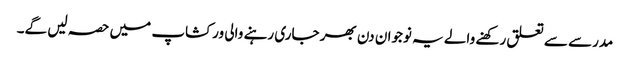
مدرسے سے تعلق رکھنے والے یہ نوجوان دن بھر جاری رہنے والی ورکشاپ میں حصہ لیں گے۔